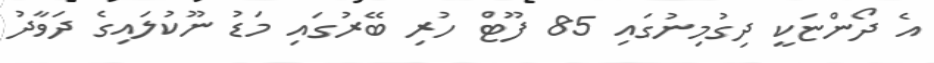
އެ ދޯންޏަކީ ދިގުމިނުގައި 85 ފޫޓް ހުރި ބޭރުގައި މަޑު ނޫކުލައިގެ ދަވާދު